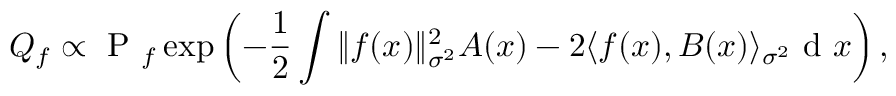
{ Q } _ { f } \propto \mathrm { ~ P ~ } _ { f } \exp \left( { - \frac { 1 } { 2 } \int \| f ( x ) \| _ { \sigma ^ { 2 } } ^ { 2 } A ( x ) - 2 \langle f ( x ) , B ( x ) \rangle _ { \sigma ^ { 2 } } } \mathrm { ~ d ~ } x \right) ,